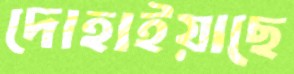
দোহাইয়াছে